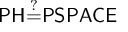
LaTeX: { \mathsf { P H } } { \overset { ? } { = } } { \mathsf { P S P A C E } }